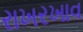
રાખરખાવ